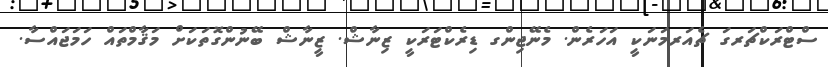
ސްޓްރަކްޗަރގަ ޗެއަރމަނަކީ އަހަރެން. މެނޭޖިންގ ޑިރެކްޓަރަކީ ޒިނާޝް. ޒީނާޝް ބޭނުންގޮތަކަށް މަޤާމްތައް ހަމަޖައްސާ.